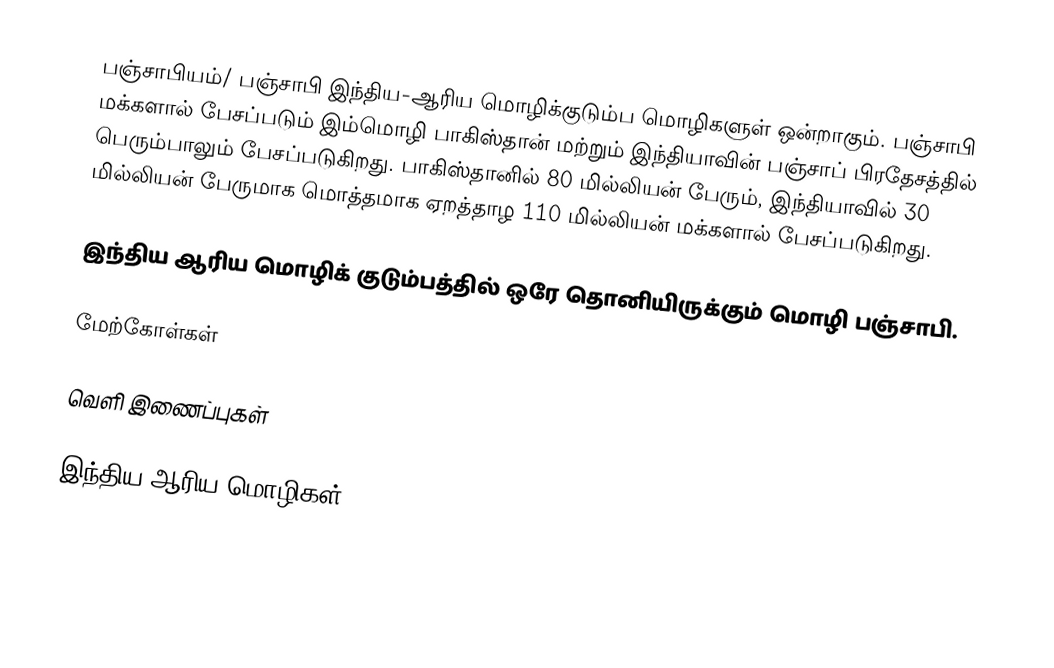
பஞ்சாபியம்/ பஞ்சாபி இந்திய-ஆரிய மொழிக்குடும்ப மொழிகளுள் ஒன்றாகும். பஞ்சாபி மக்களால் பேசப்படும் இம்மொழி பாகிஸ்தான் மற்றும் இந்தியாவின் பஞ்சாப் பிரதேசத்தில் பெரும்பாலும் பேசப்படுகிறது. பாகிஸ்தானில் 80 மில்லியன் பேரும், இந்தியாவில் 30 மில்லியன் பேருமாக மொத்தமாக ஏறத்தாழ 110 மில்லியன் மக்களால் பேசப்படுகிறது.

இந்திய ஆரிய மொழிக் குடும்பத்தில் ஒரே தொனியிருக்கும் மொழி பஞ்சாபி.

மேற்கோள்கள்

வெளி இணைப்புகள்

இந்திய-ஆரிய மொழிகள்